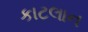
કાટલાન